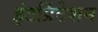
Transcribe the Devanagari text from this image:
इंटर्प्रिटेशन